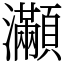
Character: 𤅎